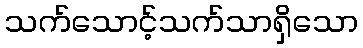
သက်သောင့်သက်သာရှိသော